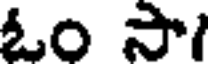
ఓం సా